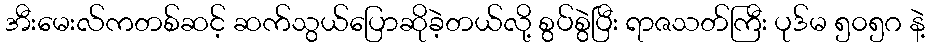
အီးမေးလ်ကတစ်ဆင့် ဆက်သွယ်ပြောဆိုခဲ့တယ်လို့ စွပ်စွဲပြီး ရာဇသတ်ကြီး ပုဒ်မ ၅၀၅ဂ နဲ့